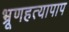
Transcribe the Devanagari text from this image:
भ्रूणहत्यापाप